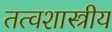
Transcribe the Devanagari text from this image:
तत्वशास्त्रीय